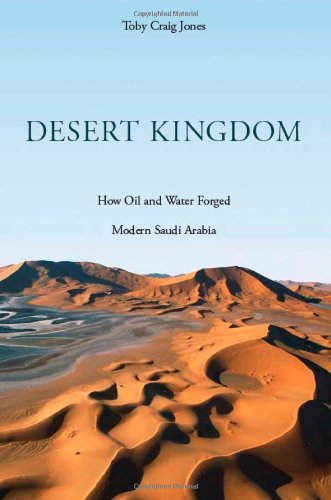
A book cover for Desert Kingdom: How Oil and Water Forged Modern Saudi Arabia; Toby Craig Jones; History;